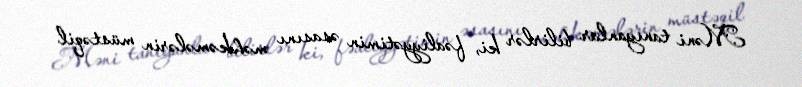
Məni tanıyanlar bilirlər ki, fəaliyyətimin əsasını məhkəmələrin müstəqil